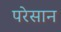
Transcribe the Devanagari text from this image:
परेसान